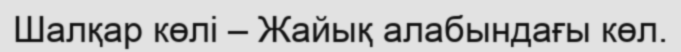
Шалқар көлі – Жайық алабындағы көл.